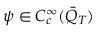
\psi \in C _ { c } ^ { \infty } ( \bar { Q } _ { T } )